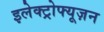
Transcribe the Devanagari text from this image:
इलेक्ट्रोफ्यूज़न